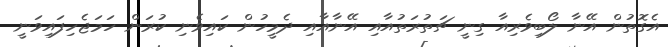
އެގޮތުން އޭނާ ލޯބިވެރިއާ ގިނީ ޗަތުރަތުއާއި އޭނާއާއި ދެމީހުން ކައިވެނި ކުރަން ހަމަޖެހިފައިވަނީ